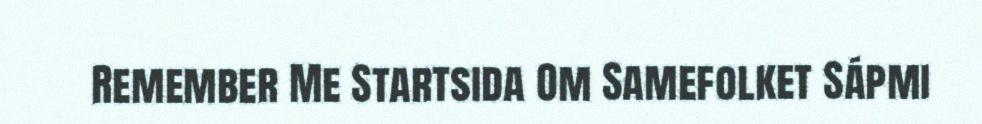
Remember Me Startsida Om Samefolket Sápmi